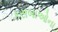
કસબાઓના